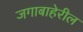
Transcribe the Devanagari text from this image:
जगाबाहेरील